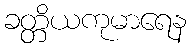
ခတ္တိယကုမာရေန